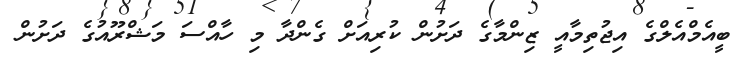
ބީއެމްއެލްގެ އިޖުތިމާއީ ޒިންމާގެ ދަށުން ކުރިއަށް ގެންދާ މި ހާއްސަ މަޝްރޫއުގެ ދަށުން